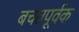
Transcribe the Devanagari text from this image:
बचतपूर्वक